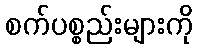
စက်ပစ္စည်းများကို